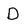
Character: D